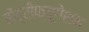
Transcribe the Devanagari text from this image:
सेंट्रीफ्यूगेशन